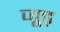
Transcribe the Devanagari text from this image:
जूड़